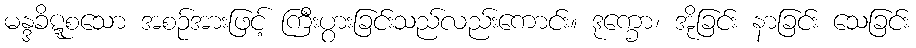
မန္ဒခိဋ္ဋစသော အစဉ်အားဖြင့် ကြီးပွားခြင်းသည်လည်းကောင်း။ ဒုက္ခော၊ အိုခြင်း နာခြင်း သေခြင်း